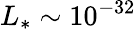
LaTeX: L_{*}\sim 10^{-32}